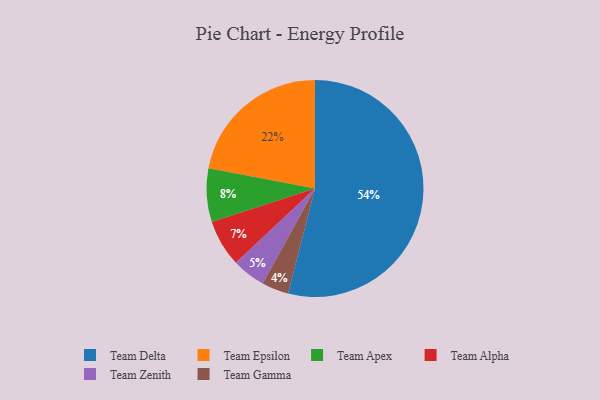
{"axis": {"x": "Category", "y": "Percentage"}, "legend": ["Team Alpha", "Team Apex", "Team Delta", "Team Epsilon", "Team Gamma", "Team Zenith"], "data": [{"x": "Team Gamma", "y": 4, "type": "Team Gamma"}, {"x": "Team Alpha", "y": 7, "type": "Team Alpha"}, {"x": "Team Apex", "y": 8, "type": "Team Apex"}, {"x": "Team Delta", "y": 54, "type": "Team Delta"}, {"x": "Team Zenith", "y": 5, "type": "Team Zenith"}, {"x": "Team Epsilon", "y": 22, "type": "Team Epsilon"}]}